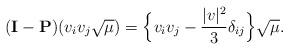
LaTeX: \begin{align*}(\mathbf{I} - \mathbf{P})( v_i v_j \sqrt{\mu} ) = \Big\{v_iv_j - \frac{|v|^2}{3} \delta_{ij}\Big\} \sqrt{\mu}.\end{align*}